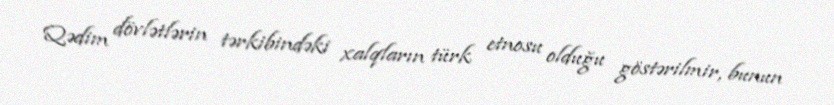
Qədim dövlətlərin tərkibindəki xalqların türk etnosu olduğu göstərilmir, bunun